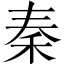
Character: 秦